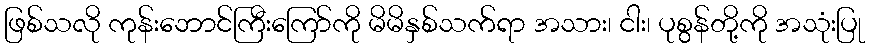
ဖြစ်သလို ကုန်းဘောင်ကြီးကြော်ကို မိမိနှစ်သက်ရာ အသား၊ ငါး၊ ပုစွန်တို့ကို အသုံးပြု